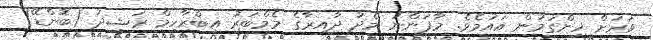
ވަރަށް ހިންގަމުން އައުމެވެ. މާފަންނު މެދު ދާއިރާގެ މެމްބަރު އިބްރާހިމް ރަޝީދު (ބޮންޑޭ)